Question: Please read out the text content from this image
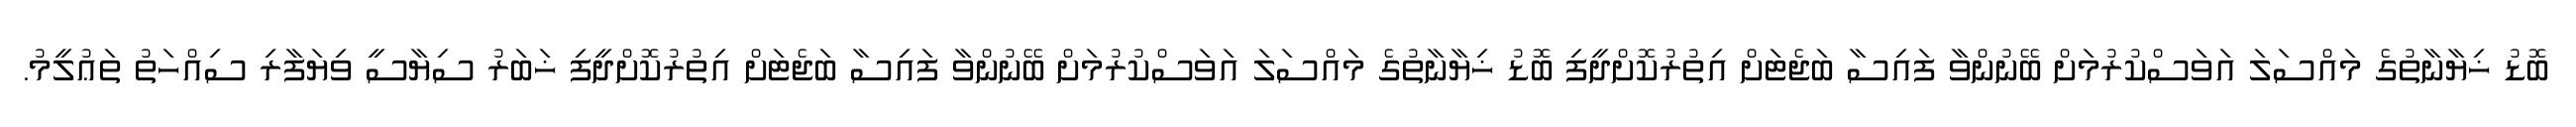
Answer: ބޮޑު ޚިޔާނާތުގެ މައްސަލަ އަވަސްކުރުމަށް ބޭނުންވާ ފައިސާ ބަޖެޓަށް އިތުރުކޮށްދީފި ބޮޑު ޚިޔާނާތުގެ މައްސަލަ އަވަސްކުރުމަށް ބޭނުންވާ ފައިސާ ބަޖެޓަށް އިތުރުކޮށްދީފި ޚަބަރު ސިޔާސީ ވިޔަފާރި ސިއްހަތު ތަޢުލީމު.